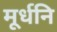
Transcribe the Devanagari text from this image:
मूर्धनि